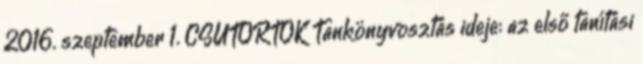
2016. szeptember 1. CSÜTÖRTÖK Tankönyvosztás ideje: az első tanítási